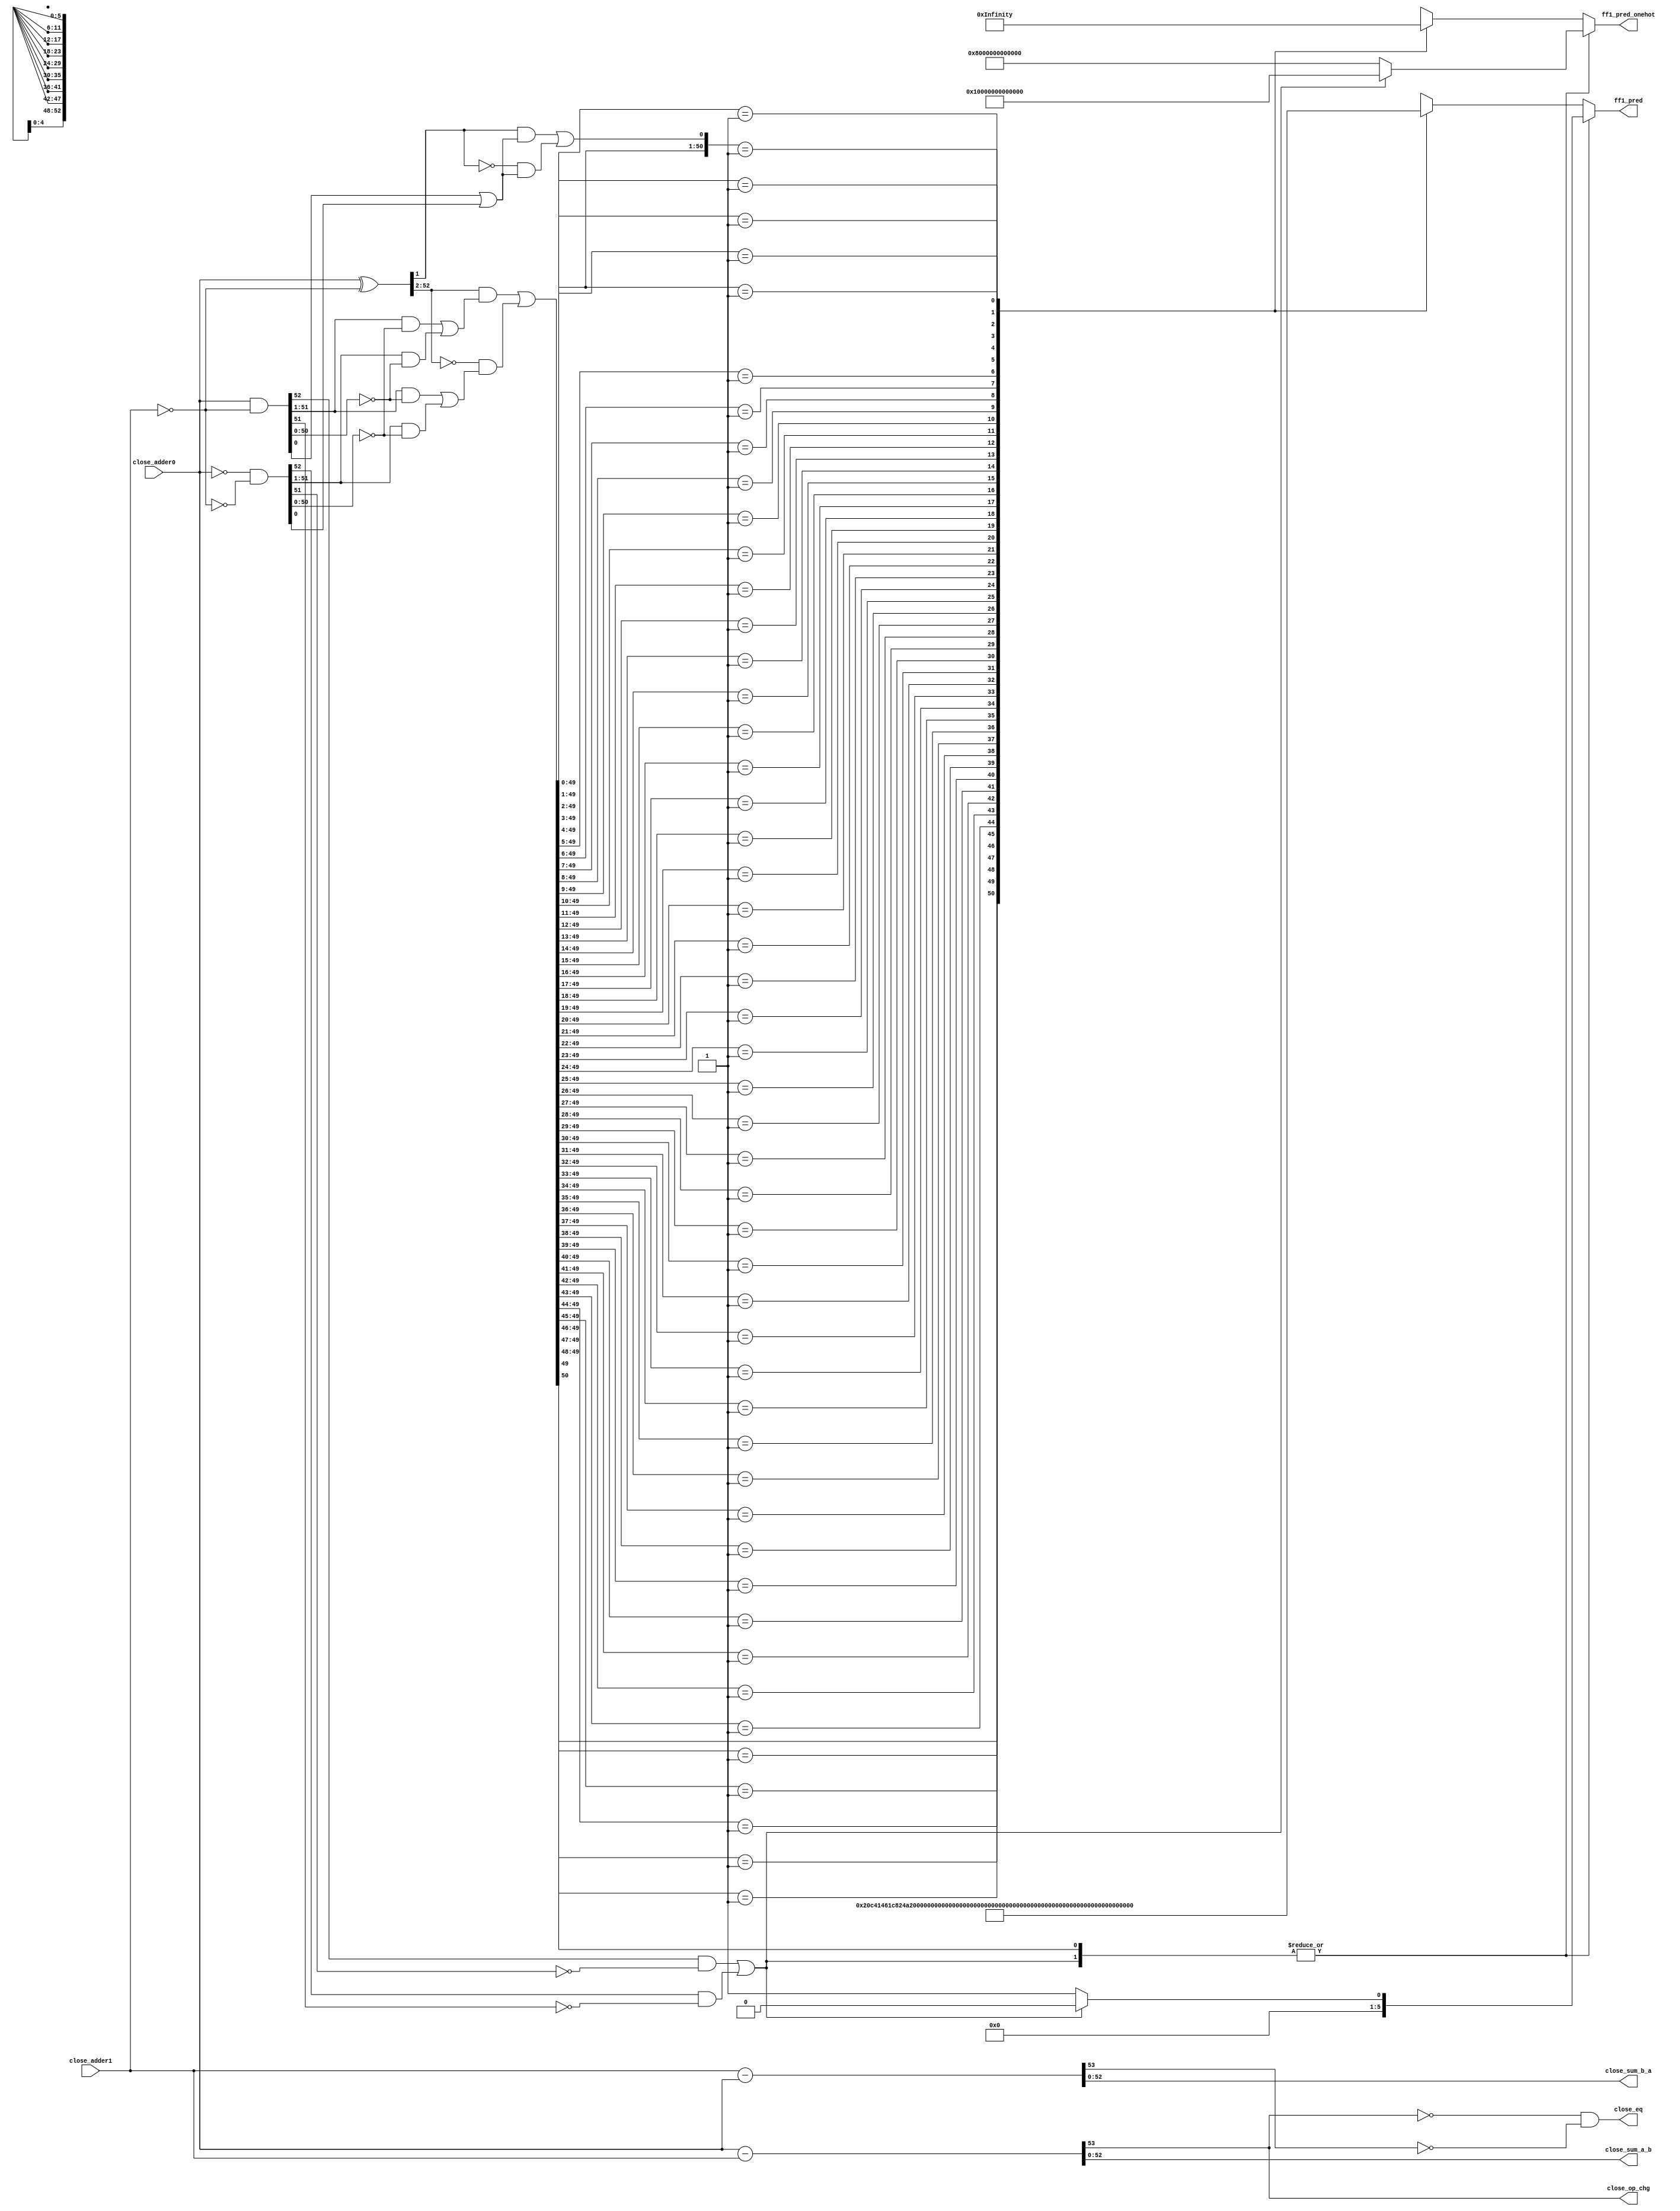
/*Copyright 2019-2021 T-Head Semiconductor Co., Ltd.

Licensed under the Apache License, Version 2.0 (the "License");
you may not use this file except in compliance with the License.
You may obtain a copy of the License at

    http://www.apache.org/licenses/LICENSE-2.0

Unless required by applicable law or agreed to in writing, software
distributed under the License is distributed on an "AS IS" BASIS,
WITHOUT WARRANTIES OR CONDITIONS OF ANY KIND, either express or implied.
See the License for the specific language governing permissions and
limitations under the License.
*/

// &ModuleBeg; @22
module ct_fadd_close_s0_d(
  close_adder0,
  close_adder1,
  close_eq,
  close_op_chg,
  close_sum_a_b,
  close_sum_b_a,
  ff1_pred,
  ff1_pred_onehot
);

// &Ports; @23
input   [52:0]  close_adder0;         
input   [52:0]  close_adder1;         
output          close_eq;             
output          close_op_chg;         
output  [52:0]  close_sum_a_b;        
output  [52:0]  close_sum_b_a;        
output  [5 :0]  ff1_pred;             
output  [52:0]  ff1_pred_onehot;      

// &Regs; @24
reg     [5 :0]  ff1_pred_50_0;        
reg     [52:0]  ff1_pred_onehot_50_0; 

// &Wires; @25
wire    [52:0]  close_adder0;         
wire    [52:0]  close_adder1;         
wire            close_eq;             
wire    [52:0]  close_ff1_a;          
wire    [52:0]  close_ff1_b;          
wire    [52:0]  close_ff1_c;          
wire    [52:0]  close_ff1_f;          
wire    [52:0]  close_ff1_g;          
wire    [52:0]  close_ff1_t;          
wire    [52:0]  close_ff1_z;          
wire            close_op_chg;         
wire    [53:0]  close_sum0;           
wire    [53:0]  close_sum1;           
wire    [52:0]  close_sum_a_b;        
wire    [52:0]  close_sum_b_a;        
wire    [5 :0]  ff1_pred;             
wire    [5 :0]  ff1_pred_52_51;       
wire    [5 :0]  ff1_pred_nz;          
wire    [52:0]  ff1_pred_nz_onehot;   
wire    [52:0]  ff1_pred_onehot;      
wire    [52:0]  ff1_pred_onehot_52_51; 

// &Force("nonport","close_sum1"); @26
// &Force("nonport","close_sum0"); @27
//close_sum0 for F0-F1
assign close_sum0[53:0]    = {1'b0,close_adder0[52:0]} 
                                       - {1'b0,close_adder1[52:0]};
assign close_sum1[53:0]    = {1'b0,close_adder1[52:0]} 
                                       - {1'b0,close_adder0[52:0]}; 
//notice that this situation, there is no need for m1, because the round
// m1 will never happen, there is no tail number used for rounding,
// here, it is different with the previous design


//close_sum select, keep sum not negative
//assign close_sum[52:0]     = (close_sum0[53])
//                           ? close_sum1[52:0]
//                           : close_sum0[52:0];
assign close_sum_a_b[52:0] = close_sum0[52:0];
assign close_sum_b_a[52:0] = close_sum1[52:0];
assign close_op_chg        = close_sum0[53];
assign close_eq            = !close_sum0[53] && !close_sum1[53];

//FF1 Logic of Close Path S0
//If predict first 1 set at r[n]
//Actual first 1 may set at r[n+1] or r[n]
//A and B are to oprand
assign close_ff1_a[52:0] = close_adder0[52:0];
assign close_ff1_b[52:0] = close_adder1[52:0];

//C = B && act_add || ~B && act_sub
assign close_ff1_c[52:0] = ~close_ff1_b[52:0];
//T = A^C  G=A&C  Z=(~A)&(~C)
assign close_ff1_t[52:0] = close_ff1_a[52:0] ^ close_ff1_c[52:0];
assign close_ff1_g[52:0] = close_ff1_a[52:0] & close_ff1_c[52:0];
assign close_ff1_z[52:0] = (~close_ff1_a[52:0]) & (~close_ff1_c[52:0]);
//F :
//fn-1 = En[gi(~zi-1) + zi(~gi-1)] + (~En)[gi(~gi-1) + zi(~zi-1)], En=act_sub
//f0   = t1(g0En+z0) + (~t1)(z0En+g0)
//fi   = ti+1[gi(~zi-1) + zi(~gi-1)] + (~ti+1)[gi(~gi-1) + zi(~zi-1)]
assign close_ff1_f[52]   =  ( close_ff1_g[52] & (~close_ff1_z[51])) | 
                            ( close_ff1_z[52] & (~close_ff1_g[51]));                          
assign close_ff1_f[0]    = (( close_ff1_t[1]) & (close_ff1_g[0] | close_ff1_z[0])) | 
                           ((~close_ff1_t[1]) & (close_ff1_z[0] | close_ff1_g[0]));
assign close_ff1_f[51:1] = (( close_ff1_t[52:2]) & ((close_ff1_g[51:1] & (~close_ff1_z[50:0])) | 
                            ( close_ff1_z[51:1]  & (~close_ff1_g[50:0]))))                     | 
                           ((~close_ff1_t[52:2]) & ((close_ff1_g[51:1] & (~close_ff1_g[50:0])) | 
                            ( close_ff1_z[51:1]  & (~close_ff1_z[50:0]))));                            

// &CombBeg; @73
always @( close_ff1_f[50:0])
begin
casez(close_ff1_f[50:0])
//  53'b1????_????????_????????_????????_????????_????????_???????? : 
//    ff1_pred_onehot_50_0[52:0] = 53'b10000_00000000_00000000_00000000_00000000_00000000_00000000;
//  53'b01???_????????_????????_????????_????????_????????_???????? : 
//    ff1_pred_onehot_50_0[52:0] = 53'b01000_00000000_00000000_00000000_00000000_00000000_00000000;
  51'b1??_????????_????????_????????_????????_????????_???????? : begin 
    ff1_pred_onehot_50_0[52:0] = 53'b00100_00000000_00000000_00000000_00000000_00000000_00000000;
    ff1_pred_50_0[5:0]         = 6'd2;
  end
  51'b01?_????????_????????_????????_????????_????????_???????? : begin 
    ff1_pred_onehot_50_0[52:0] = 53'b00010_00000000_00000000_00000000_00000000_00000000_00000000;
    ff1_pred_50_0[5:0]         = 6'd3;
  end
  51'b001_????????_????????_????????_????????_????????_???????? : begin 
    ff1_pred_onehot_50_0[52:0] = 53'b00001_00000000_00000000_00000000_00000000_00000000_00000000;
    ff1_pred_50_0[5:0]         = 6'd4;
  end
  51'b000_1???????_????????_????????_????????_????????_???????? : begin 
    ff1_pred_onehot_50_0[52:0] = 53'b00000_10000000_00000000_00000000_00000000_00000000_00000000;
    ff1_pred_50_0[5:0]         = 6'd5;
  end
  51'b000_01??????_????????_????????_????????_????????_???????? : begin 
    ff1_pred_onehot_50_0[52:0] = 53'b00000_01000000_00000000_00000000_00000000_00000000_00000000;
    ff1_pred_50_0[5:0]         = 6'd6;
  end
  51'b000_001?????_????????_????????_????????_????????_???????? : begin 
    ff1_pred_onehot_50_0[52:0] = 53'b00000_00100000_00000000_00000000_00000000_00000000_00000000;
    ff1_pred_50_0[5:0]         = 6'd7;
  end
  51'b000_0001????_????????_????????_????????_????????_???????? : begin 
    ff1_pred_onehot_50_0[52:0] = 53'b00000_00010000_00000000_00000000_00000000_00000000_00000000;
    ff1_pred_50_0[5:0]         = 6'd8;
  end
  51'b000_00001???_????????_????????_????????_????????_???????? : begin 
    ff1_pred_onehot_50_0[52:0] = 53'b00000_00001000_00000000_00000000_00000000_00000000_00000000;
    ff1_pred_50_0[5:0]         = 6'd9;
  end
  51'b000_000001??_????????_????????_????????_????????_???????? : begin 
    ff1_pred_onehot_50_0[52:0] = 53'b00000_00000100_00000000_00000000_00000000_00000000_00000000;
    ff1_pred_50_0[5:0]         = 6'd10;
  end
  51'b000_0000001?_????????_????????_????????_????????_???????? : begin 
    ff1_pred_onehot_50_0[52:0] = 53'b00000_00000010_00000000_00000000_00000000_00000000_00000000;
    ff1_pred_50_0[5:0]         = 6'd11;
  end
  51'b000_00000001_????????_????????_????????_????????_???????? : begin 
    ff1_pred_onehot_50_0[52:0] = 53'b00000_00000001_00000000_00000000_00000000_00000000_00000000;
    ff1_pred_50_0[5:0]         = 6'd12;
  end
  51'b000_00000000_1???????_????????_????????_????????_???????? : begin 
    ff1_pred_onehot_50_0[52:0] = 53'b00000_00000000_10000000_00000000_00000000_00000000_00000000;
    ff1_pred_50_0[5:0]         = 6'd13;
  end
  51'b000_00000000_01??????_????????_????????_????????_???????? : begin 
    ff1_pred_onehot_50_0[52:0] = 53'b00000_00000000_01000000_00000000_00000000_00000000_00000000;
    ff1_pred_50_0[5:0]         = 6'd14;
  end
  51'b000_00000000_001?????_????????_????????_????????_???????? : begin 
    ff1_pred_onehot_50_0[52:0] = 53'b00000_00000000_00100000_00000000_00000000_00000000_00000000;
    ff1_pred_50_0[5:0]         = 6'd15;
  end
  51'b000_00000000_0001????_????????_????????_????????_???????? : begin 
    ff1_pred_onehot_50_0[52:0] = 53'b00000_00000000_00010000_00000000_00000000_00000000_00000000;
    ff1_pred_50_0[5:0]         = 6'd16;
  end
  51'b000_00000000_00001???_????????_????????_????????_???????? : begin 
    ff1_pred_onehot_50_0[52:0] = 53'b00000_00000000_00001000_00000000_00000000_00000000_00000000;
    ff1_pred_50_0[5:0]         = 6'd17;
  end
  51'b000_00000000_000001??_????????_????????_????????_???????? : begin 
    ff1_pred_onehot_50_0[52:0] = 53'b00000_00000000_00000100_00000000_00000000_00000000_00000000;
    ff1_pred_50_0[5:0]         = 6'd18;
  end
  51'b000_00000000_0000001?_????????_????????_????????_???????? : begin 
    ff1_pred_onehot_50_0[52:0] = 53'b00000_00000000_00000010_00000000_00000000_00000000_00000000;
    ff1_pred_50_0[5:0]         = 6'd19;
  end
  51'b000_00000000_00000001_????????_????????_????????_???????? : begin 
    ff1_pred_onehot_50_0[52:0] = 53'b00000_00000000_00000001_00000000_00000000_00000000_00000000;
    ff1_pred_50_0[5:0]         = 6'd20;
  end
  51'b000_00000000_00000000_1???????_????????_????????_???????? : begin 
    ff1_pred_onehot_50_0[52:0] = 53'b00000_00000000_00000000_10000000_00000000_00000000_00000000;
    ff1_pred_50_0[5:0]         = 6'd21;
  end
  51'b000_00000000_00000000_01??????_????????_????????_???????? : begin 
    ff1_pred_onehot_50_0[52:0] = 53'b00000_00000000_00000000_01000000_00000000_00000000_00000000;
    ff1_pred_50_0[5:0]         = 6'd22;
  end
  51'b000_00000000_00000000_001?????_????????_????????_???????? : begin 
    ff1_pred_onehot_50_0[52:0] = 53'b00000_00000000_00000000_00100000_00000000_00000000_00000000;
    ff1_pred_50_0[5:0]         = 6'd23;
  end
  51'b000_00000000_00000000_0001????_????????_????????_???????? : begin 
    ff1_pred_onehot_50_0[52:0] = 53'b00000_00000000_00000000_00010000_00000000_00000000_00000000;
    ff1_pred_50_0[5:0]         = 6'd24;
  end
  51'b000_00000000_00000000_00001???_????????_????????_???????? : begin 
    ff1_pred_onehot_50_0[52:0] = 53'b00000_00000000_00000000_00001000_00000000_00000000_00000000;
    ff1_pred_50_0[5:0]         = 6'd25;
  end
  51'b000_00000000_00000000_000001??_????????_????????_???????? : begin 
    ff1_pred_onehot_50_0[52:0] = 53'b00000_00000000_00000000_00000100_00000000_00000000_00000000;
    ff1_pred_50_0[5:0]         = 6'd26;
  end
  51'b000_00000000_00000000_0000001?_????????_????????_???????? : begin 
    ff1_pred_onehot_50_0[52:0] = 53'b00000_00000000_00000000_00000010_00000000_00000000_00000000;
    ff1_pred_50_0[5:0]         = 6'd27;
  end
  51'b000_00000000_00000000_00000001_????????_????????_???????? : begin 
    ff1_pred_onehot_50_0[52:0] = 53'b00000_00000000_00000000_00000001_00000000_00000000_00000000;
    ff1_pred_50_0[5:0]         = 6'd28;
  end
  51'b000_00000000_00000000_00000000_1???????_????????_???????? : begin 
    ff1_pred_onehot_50_0[52:0] = 53'b00000_00000000_00000000_00000000_10000000_00000000_00000000;
    ff1_pred_50_0[5:0]         = 6'd29;
  end
  51'b000_00000000_00000000_00000000_01??????_????????_???????? : begin 
    ff1_pred_onehot_50_0[52:0] = 53'b00000_00000000_00000000_00000000_01000000_00000000_00000000;
    ff1_pred_50_0[5:0]         = 6'd30;
  end
  51'b000_00000000_00000000_00000000_001?????_????????_???????? : begin 
    ff1_pred_onehot_50_0[52:0] = 53'b00000_00000000_00000000_00000000_00100000_00000000_00000000;
    ff1_pred_50_0[5:0]         = 6'd31;
  end
  51'b000_00000000_00000000_00000000_0001????_????????_???????? : begin 
    ff1_pred_onehot_50_0[52:0] = 53'b00000_00000000_00000000_00000000_00010000_00000000_00000000;
    ff1_pred_50_0[5:0]         = 6'd32;
  end
  51'b000_00000000_00000000_00000000_00001???_????????_???????? : begin 
    ff1_pred_onehot_50_0[52:0] = 53'b00000_00000000_00000000_00000000_00001000_00000000_00000000;
    ff1_pred_50_0[5:0]         = 6'd33;
  end
  51'b000_00000000_00000000_00000000_000001??_????????_???????? : begin 
    ff1_pred_onehot_50_0[52:0] = 53'b00000_00000000_00000000_00000000_00000100_00000000_00000000;
    ff1_pred_50_0[5:0]         = 6'd34;
  end
  51'b000_00000000_00000000_00000000_0000001?_????????_???????? : begin 
    ff1_pred_onehot_50_0[52:0] = 53'b00000_00000000_00000000_00000000_00000010_00000000_00000000;
    ff1_pred_50_0[5:0]         = 6'd35;
  end
  51'b000_00000000_00000000_00000000_00000001_????????_???????? : begin 
    ff1_pred_onehot_50_0[52:0] = 53'b00000_00000000_00000000_00000000_00000001_00000000_00000000;
    ff1_pred_50_0[5:0]         = 6'd36;
  end
  51'b000_00000000_00000000_00000000_00000000_1???????_???????? : begin 
    ff1_pred_onehot_50_0[52:0] = 53'b00000_00000000_00000000_00000000_00000000_10000000_00000000;
    ff1_pred_50_0[5:0]         = 6'd37;
  end
  51'b000_00000000_00000000_00000000_00000000_01??????_???????? : begin 
    ff1_pred_onehot_50_0[52:0] = 53'b00000_00000000_00000000_00000000_00000000_01000000_00000000;
    ff1_pred_50_0[5:0]         = 6'd38;
  end
  51'b000_00000000_00000000_00000000_00000000_001?????_???????? : begin 
    ff1_pred_onehot_50_0[52:0] = 53'b00000_00000000_00000000_00000000_00000000_00100000_00000000;
    ff1_pred_50_0[5:0]         = 6'd39;
  end
  51'b000_00000000_00000000_00000000_00000000_0001????_???????? : begin 
    ff1_pred_onehot_50_0[52:0] = 53'b00000_00000000_00000000_00000000_00000000_00010000_00000000;
    ff1_pred_50_0[5:0]         = 6'd40;
  end
  51'b000_00000000_00000000_00000000_00000000_00001???_???????? : begin 
    ff1_pred_onehot_50_0[52:0] = 53'b00000_00000000_00000000_00000000_00000000_00001000_00000000;
    ff1_pred_50_0[5:0]         = 6'd41;
  end
  51'b000_00000000_00000000_00000000_00000000_000001??_???????? : begin 
    ff1_pred_onehot_50_0[52:0] = 53'b00000_00000000_00000000_00000000_00000000_00000100_00000000;
    ff1_pred_50_0[5:0]         = 6'd42;
  end
  51'b000_00000000_00000000_00000000_00000000_0000001?_???????? : begin 
    ff1_pred_onehot_50_0[52:0] = 53'b00000_00000000_00000000_00000000_00000000_00000010_00000000;
    ff1_pred_50_0[5:0]         = 6'd43;
  end
  51'b000_00000000_00000000_00000000_00000000_00000001_???????? : begin 
    ff1_pred_onehot_50_0[52:0] = 53'b00000_00000000_00000000_00000000_00000000_00000001_00000000;
    ff1_pred_50_0[5:0]         = 6'd44;
  end
  51'b000_00000000_00000000_00000000_00000000_00000000_1??????? : begin 
    ff1_pred_onehot_50_0[52:0] = 53'b00000_00000000_00000000_00000000_00000000_00000000_10000000;
    ff1_pred_50_0[5:0]         = 6'd45;
  end
  51'b000_00000000_00000000_00000000_00000000_00000000_01?????? : begin 
    ff1_pred_onehot_50_0[52:0] = 53'b00000_00000000_00000000_00000000_00000000_00000000_01000000;
    ff1_pred_50_0[5:0]         = 6'd46;
  end
  51'b000_00000000_00000000_00000000_00000000_00000000_001????? : begin 
    ff1_pred_onehot_50_0[52:0] = 53'b00000_00000000_00000000_00000000_00000000_00000000_00100000;
    ff1_pred_50_0[5:0]         = 6'd47;
  end
  51'b000_00000000_00000000_00000000_00000000_00000000_0001???? : begin 
    ff1_pred_onehot_50_0[52:0] = 53'b00000_00000000_00000000_00000000_00000000_00000000_00010000;
    ff1_pred_50_0[5:0]         = 6'd48;
  end
  51'b000_00000000_00000000_00000000_00000000_00000000_00001??? : begin 
    ff1_pred_onehot_50_0[52:0] = 53'b00000_00000000_00000000_00000000_00000000_00000000_00001000;
    ff1_pred_50_0[5:0]         = 6'd49;
  end
  51'b000_00000000_00000000_00000000_00000000_00000000_000001?? : begin 
    ff1_pred_onehot_50_0[52:0] = 53'b00000_00000000_00000000_00000000_00000000_00000000_00000100;
    ff1_pred_50_0[5:0]         = 6'd50;
  end
  51'b000_00000000_00000000_00000000_00000000_00000000_0000001? : begin 
    ff1_pred_onehot_50_0[52:0] = 53'b00000_00000000_00000000_00000000_00000000_00000000_00000010;
    ff1_pred_50_0[5:0]         = 6'd51;
  end
  51'b000_00000000_00000000_00000000_00000000_00000000_00000001 : begin 
    ff1_pred_onehot_50_0[52:0] = 53'b00000_00000000_00000000_00000000_00000000_00000000_00000001;
    ff1_pred_50_0[5:0]         = 6'd52;
  end
  default : begin 
    ff1_pred_onehot_50_0[52:0] = {53{1'bx}};
    ff1_pred_50_0[5:0]         = {6{1'bx}};
  end
endcase
// &CombEnd; @288
end

assign ff1_pred_onehot_52_51[52:0] = (close_ff1_f[52])
                                   ? 53'b10000_00000000_00000000_00000000_00000000_00000000_00000000
                                   : 53'b01000_00000000_00000000_00000000_00000000_00000000_00000000;
assign ff1_pred_52_51[5:0]         = (close_ff1_f[52])
                                   ? 6'b0
                                   : 6'b1;

assign ff1_pred_nz_onehot[52:0] = (|close_ff1_f[52:51])
                                ? ff1_pred_onehot_52_51[52:0]
                                : ff1_pred_onehot_50_0[52:0];
assign ff1_pred_nz[5:0]         = (|close_ff1_f[52:51])
                                ? ff1_pred_52_51[5:0]
                                : ff1_pred_50_0[5:0];


assign ff1_pred_onehot[52:0] = ff1_pred_nz_onehot[52:0];
assign ff1_pred[5:0]         = ff1_pred_nz[5:0];
// &ModuleEnd; @307
endmodule